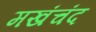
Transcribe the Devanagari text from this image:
मखंचंद